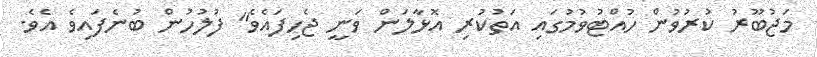
މަޖުބޫރު ކުރުވުން ހުއްޓުވުމުގައި އަތުކުރި އޮޅާލަން ވަނީ ޖެހިފައެވެ" ފުލުހުން ބުނެފައިވެ އެވެ.